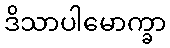
ဒိသာပါမောက္ခာ